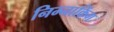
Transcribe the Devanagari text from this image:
निम्नाकिंग